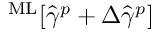
^ \mathrm { M L } [ \hat { \gamma } ^ { p } + \Delta \hat { \gamma } ^ { p } ]